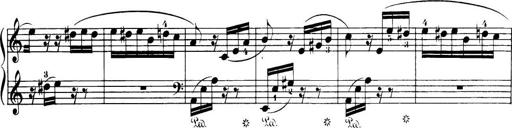
Title: 32 Sonatinas and Rondos for the Piano
Composer: Richard Kleinmichel